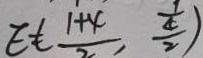
E = ( \frac { 1 + 4 } { 2 } , \frac { \frac { 1 } { 4 } } { 2 } )